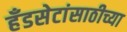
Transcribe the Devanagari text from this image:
हँडसेटांसाठीच्या